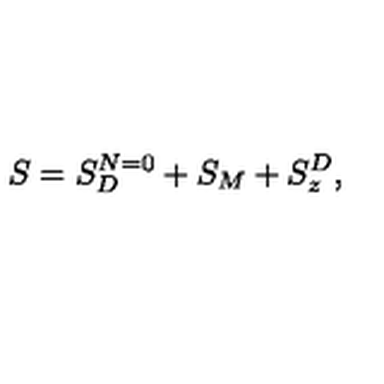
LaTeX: S = S _ { D } ^ { N = 0 } + S _ { M } + S _ { z } ^ { D } ,